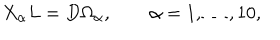
X _ { \alpha } L = D \Omega _ { \alpha } , \qquad \alpha = 1 , \ldots , 1 0 ,